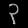
Digit: ၃